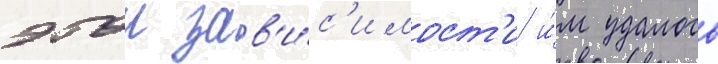
этои зав'и́с'имост'и и́м удалось